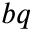
b q